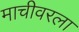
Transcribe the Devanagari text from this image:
माचीवरला